Indian journal of veterinary science and animal husbandry - Volume 9,
Year: 1939
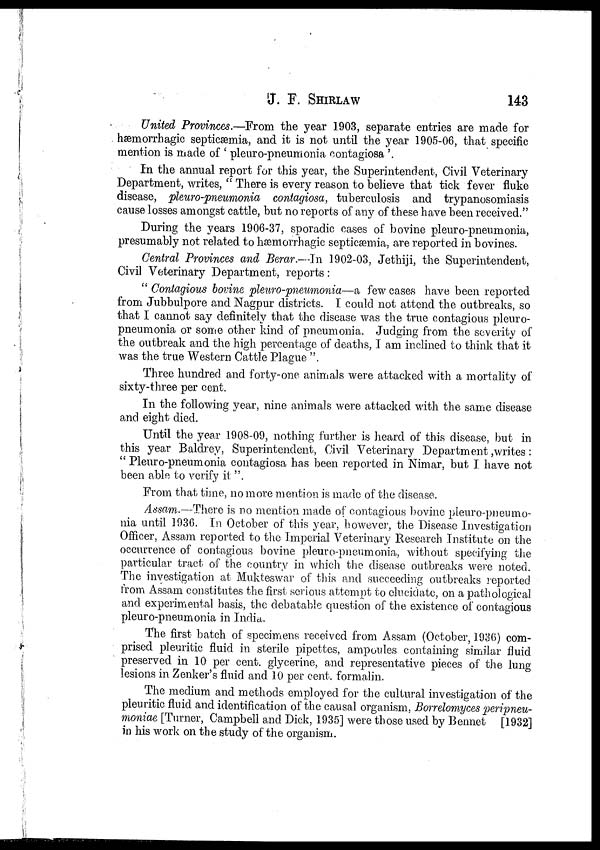
J. F.
SHIRLAW
143
United Provinces.—From the year 1903, separate entries are made for
hæmorrhagic septicæmia, and it is not until the year 1905-06, that specific
mention is made of ' pleuro-pneumonia contagiosa '.
In the annual report for this year, the Superintendent, Civil Veterinary
Department, writes, " There is every reason to believe that tick fever fluke
disease, pleuro-pneumonia contagiosa, tuberculosis and trypanosomiasis
cause losses amongst cattle, but no reports of any of these have been received."
During the years 1906-37, sporadic cases of bovine pleuro-pneumonia,
presumably not related to hæmorrhagic septicæmia, are reported in bovines.
Central Provinces and Berar.—In 1902-03, Jethiji, the Superintendent,
Civil Veterinary Department, reports:
" Contagious bovine pleuro-pneumonia—a few cases have been reported
from Jubbulpore and Nagpur districts. I could not attend the outbreaks, so
that I cannot say definitely that the disease was the true contagious pleuro-
pneumonia or some other kind of pneumonia. Judging from the severity of
the outbreak and the high percentage of deaths, I am inclined to think that it
was the true Western Cattle Plague "
Three hundred and forty-one animals were attacked with a mortality of
sixty-three per cent.
In the following year, nine animals were attacked with the same disease
and eight died.
Until the year 1908-09, nothing further is heard of this disease, but in
this year Baldrey, Superintendent, Civil Veterinary Department,writes:
" Pleuro-pneumonia contagiosa has been reported in Nimar, but I have not
been able to verify it "
From that time, no more mention is made of the disease.
Assam.—There is no mention made of contagious bovine pleuro-pneumo-
nia until 1936. In October of this year, however, the Disease Investigation
Officer, Assam reported to the Imperial Veterinary Research Institute on the
occurrence of contagious bovine pleuro-pneumonia, without specifying the
particular tract of the country in which the disease outbreaks were noted.
The investigation at Mukteswar of this and succeeding outbreaks reported
from Assam constitutes the first serious attempt to elucidate, on a pathological
and experimental basis, the debatable question of the existence of contagious
pleuro-pneumonia in India.
The first batch of specimens received from Assam (October, 1936) com-
prised pleuritic fluid in sterile pipettes, ampoules containing similar fluid
preserved in 10 per cent. glycerine, and representative pieces of the lung
lesions in Zenker's fluid and 10 per cent. formalin.
The medium and methods employed for the cultural investigation of the
pleuritic fluid and identification of the causal organism, Borrelomyces peripneu-
moniae [Turner, Campbell and Dick, 1935] were those used by Bennet [1932]
in his work on the study of the organism.